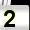
Digit: 2